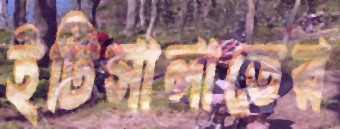
ইটিসালাতের